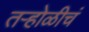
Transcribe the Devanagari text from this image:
तऱ्होळीचं